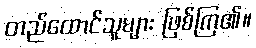
တည်ထောင်သူများ ဖြစ်ကြ၏။